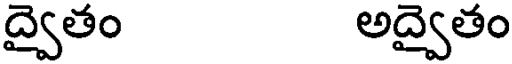
ద్వైతం అద్వైతం